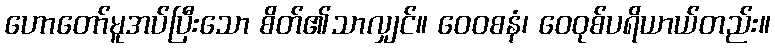
ဟောတော်မူအပ်ပြီးသော စိတ်၏သာလျှင်။ ဝေဝစနံ၊ ဝေဝုစ်ပရိယာယ်တည်း။